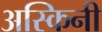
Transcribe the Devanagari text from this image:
अस्किनी